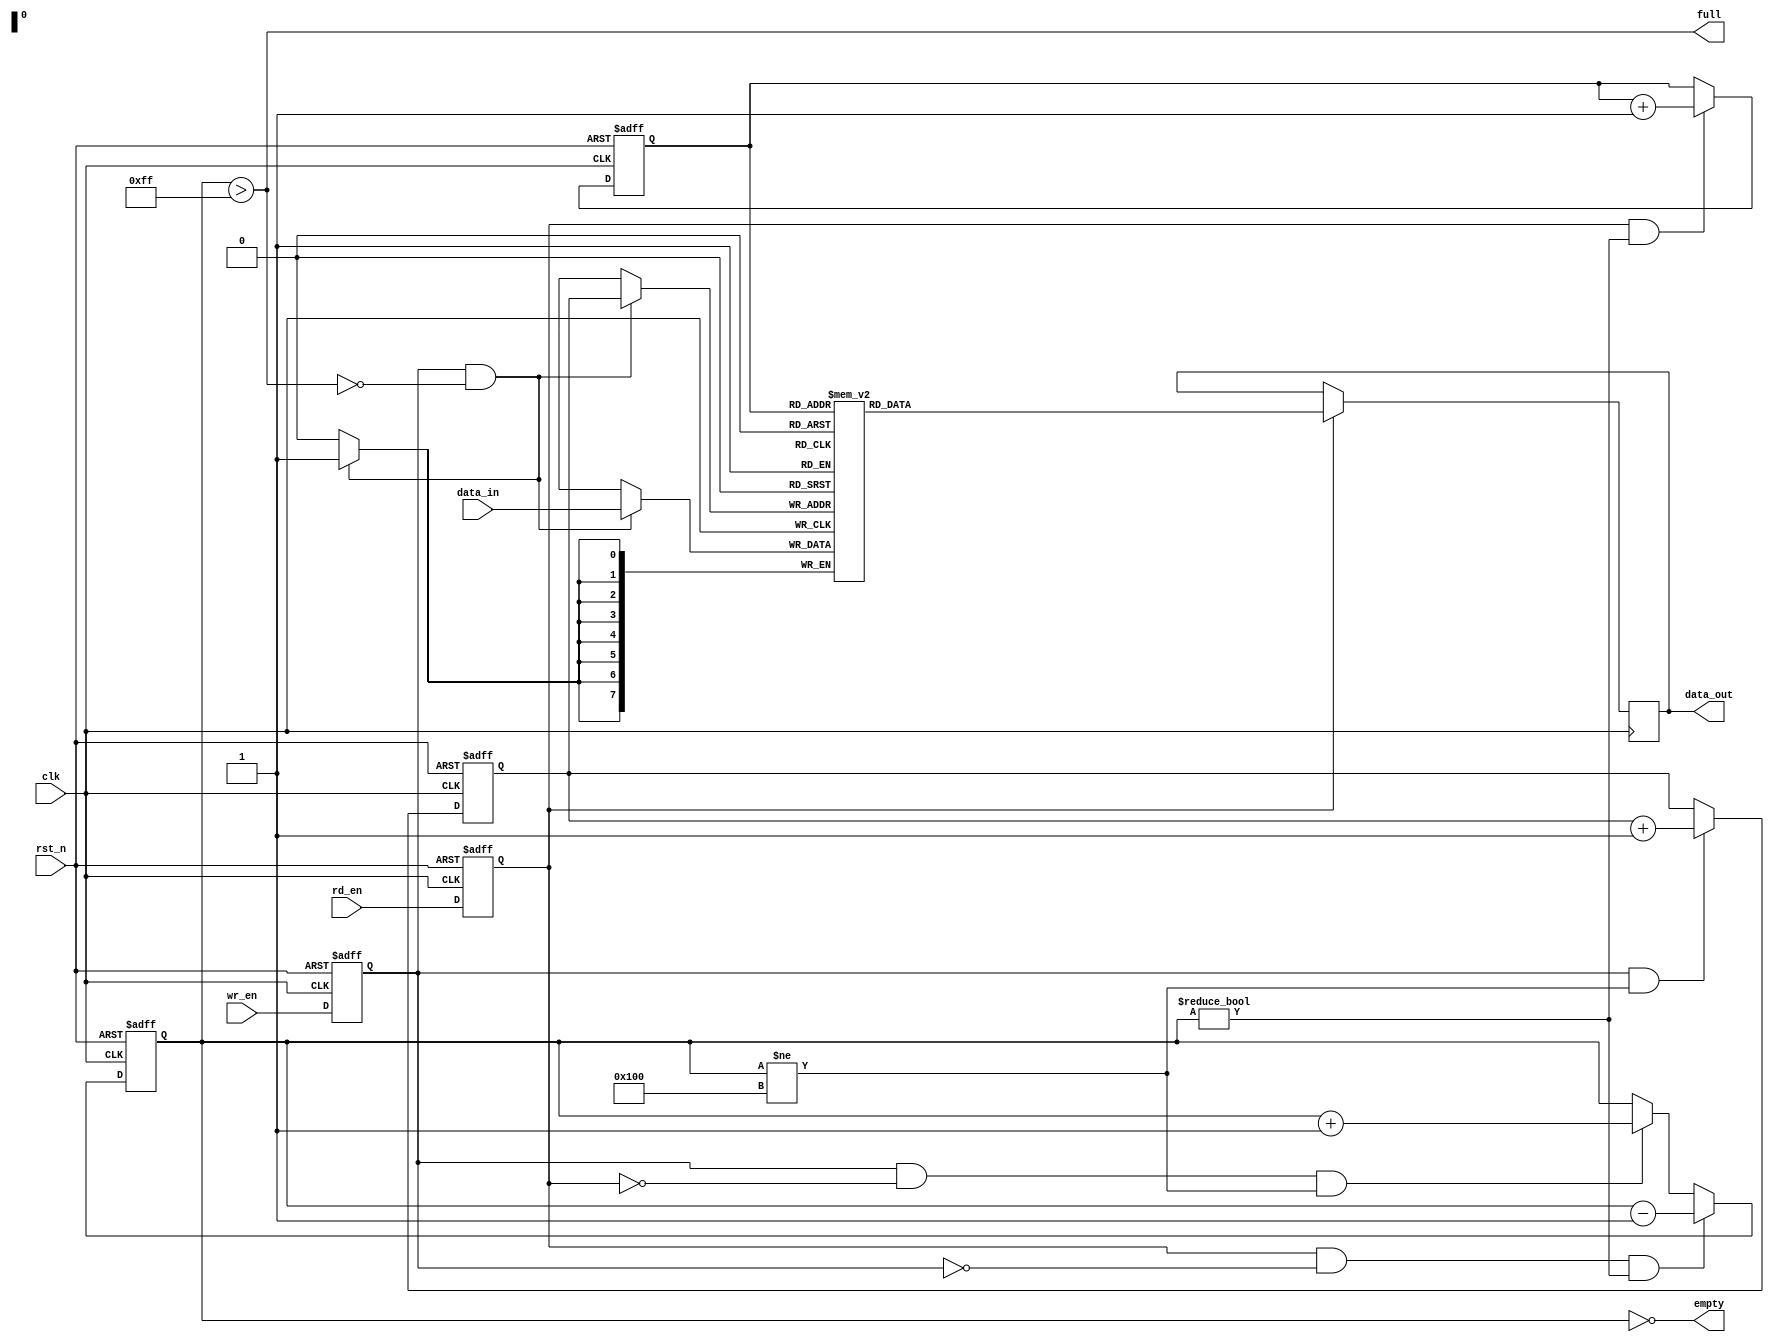
//------------------------------------------------------------------------------
//
//Module Name:					Syn_FIFO.v
//Department:					Xidian University
//Function Description:	   FIFO
//
//------------------------------------------------------------------------------
//
//Version 	Design		Coding		Simulata	  Review		Rel data
//V1.0		Verdvana		Verdvana		Verdvana      			2019-11-2
//
//-----------------------------------------------------------------------------------

`timescale 1ns/1ns 

module Syn_FIFO# (
parameter DATA_WIDTH = 8,					//FIFO
parameter ADDR_WIDTH = 8)(
	/************  ************/
	input							clk,			//
	input							rst_n,		//						
	/************  *************/					
	input							wr_en,		//
	input							rd_en,		//
	/***********  ***********/	
	input  [DATA_WIDTH-1:0]	data_in,		//
	output [DATA_WIDTH-1:0]	data_out,	//
	/*************  *************/	
	output						full,			//
	output						empty 		//
);


	/**************  **************/
parameter FIFO_DEPTH = (1 << ADDR_WIDTH); 	//FIFOFIFO

	/*************  *************/
reg  [ADDR_WIDTH-1:0] 	wr_pointer;		//
reg  [ADDR_WIDTH-1:0] 	rd_pointer;		//
reg  [ADDR_WIDTH  :0] 	status_cnt;		//

reg [DATA_WIDTH-1:0]	fifo [0:FIFO_DEPTH-1];	//




//-------------------------------------
//
reg wr_en_r;
reg rd_en_r;

always@(posedge clk or negedge rst_n) begin
	if(!rst_n) begin
		wr_en_r <= 1'b0;
		rd_en_r <= 1'b0;
	end
	
	else begin
		wr_en_r <= wr_en;
      rd_en_r <= rd_en;
	end
	
end	



//-------------------------------------------
//
always@(posedge clk or negedge rst_n) begin

	if(!rst_n)
		wr_pointer <= 0;
	
	else if(wr_en_r && (status_cnt != (FIFO_DEPTH))) 
		wr_pointer <= wr_pointer + 1;
	

end



//-------------------------------------------
//
always@(posedge clk or negedge rst_n) begin

	if(!rst_n)
		rd_pointer <= 0;
		
	else if(rd_en_r && (status_cnt != 0))
		rd_pointer <= rd_pointer + 1;
	

end



//------------------------------------------
//

wire status_rd = rd_en_r && !wr_en_r && (status_cnt != 0);
wire status_wr = wr_en_r && !rd_en_r && (status_cnt != (FIFO_DEPTH));	

always@(posedge clk or negedge rst_n) begin

	if(!rst_n)
		status_cnt <= 0;
	
	else if (status_rd)
		status_cnt <= status_cnt - 1;
	
	else if (status_wr)
		status_cnt <= status_cnt + 1;
		
	else
		status_cnt <= status_cnt;
		
end



//-------------------------------------------
//
always@(posedge clk) begin
		
	if(wr_en_r && !full)
		fifo[wr_pointer] <= data_in;
	
end


//-------------------------------------------
//
reg [DATA_WIDTH-1:0] data_out_r;

always@(posedge clk) begin
	
	if(rd_en_r)
		data_out_r <= fifo[rd_pointer];
	
end

assign data_out = data_out_r;



//-------------------------------------------
//

assign full = (status_cnt > (FIFO_DEPTH-1));
		
//-------------------------------------------
//

assign empty = (status_cnt == 0);




endmodule